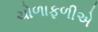
ચોળાફળીએ